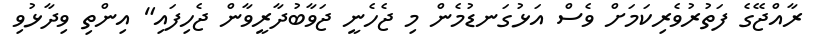
ރާއްޖޭގެ ފަތުރުވެރިކަމަށް ވެސް އަޅުގަނޑުމެން މި ޖެހެނީ ޖަވާބުދާރީވާން ޖެހިފައި" އިންތި ވިދާޅުވި